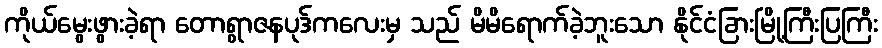
ကိုယ်မွေးဖွားခဲ့ရာ တောရွာဇနပုဒ်ကလေးမှ သည် မိမိရောက်ခဲ့ဘူးသော နိုင်ငံခြားမြို့ကြီးပြကြီး